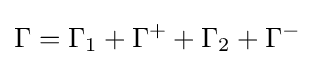
\Gamma =\Gamma _{1}+\Gamma ^{+}+\Gamma _{2}+\Gamma ^{-}